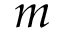
m